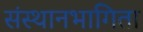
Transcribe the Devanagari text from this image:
संस्थानभागिता